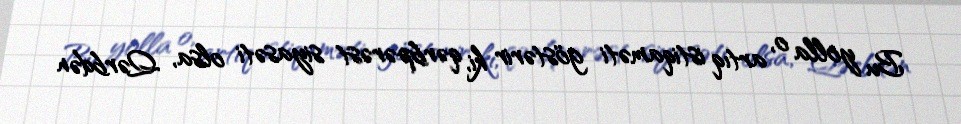
Bu yolla o, artıq istiqaməti göstərir ki, qərbpərəst siyasəti olsa, Qərbdən